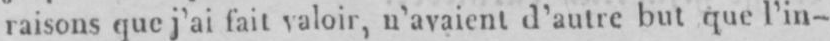
raisons que j’ai fait valoir, u’avaient d’autre but que l’in-